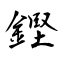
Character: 鏗